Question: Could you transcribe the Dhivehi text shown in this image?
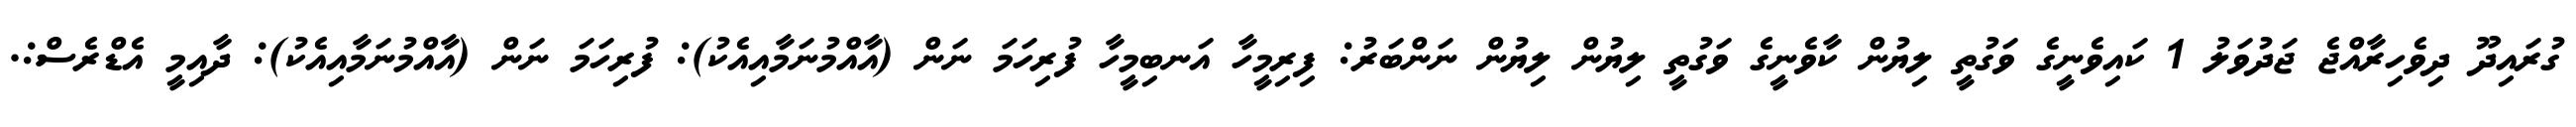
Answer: ގުރައިދޫ ދިވެހިރާއްޖެ ޖަދުވަލު 1 ކައިވެނީގެ ވަގުތީ ލިޔުން ކާވެނީގެ ވަގުތީ ލިޔުން ލިޔުން ނަންބަރު: ފިރިމީހާ އަނބިމީހާ ފުރިހަމަ ނަން (އާއްމުނަމާއިއެކު): ފުރިހަމަ ނަން (އާއްމުނަމާއިއެކު): ދާއިމީ އެޑްރެސް:.